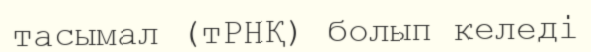
тасымал (тРНҚ) болып келеді